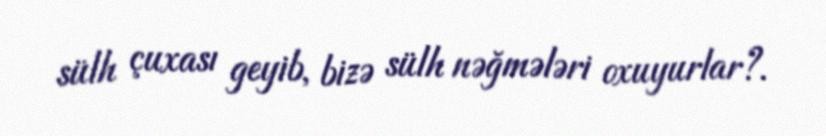
sülh çuxası geyib, bizə sülh nəğmələri oxuyurlar?.